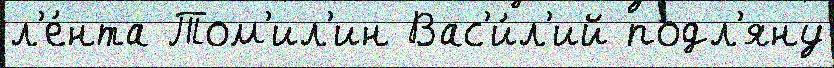
л'е́нта Том'ил'ин Вас'и́л'ий подл'яну